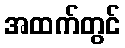
အထက်တွင်